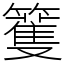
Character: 籆